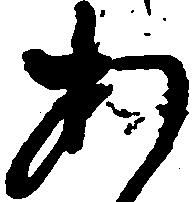
あ